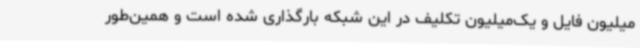
میلیون فایل و یک‌میلیون تکلیف در این شبکه بارگذاری شده است و همین‌طور